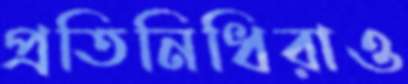
প্রতিনিধিরাও